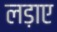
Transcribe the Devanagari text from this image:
लड़ाए